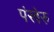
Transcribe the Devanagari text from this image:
पंखेरु